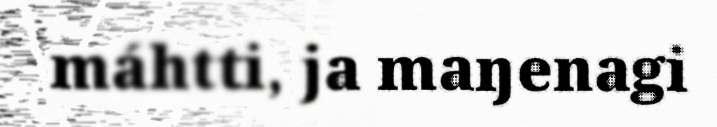
máhtti, ja maŋenagi